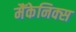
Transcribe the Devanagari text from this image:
मैंकेनिक्‍स